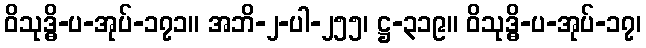
ဝိသုဒ္ဓိ-ပ-အုပ်-၁၇၁။ အဘိ-၂-ပါ-၂၅၅၊ ဋ္ဌ-၃၁၉။ ဝိသုဒ္ဓိ-ပ-အုပ်-၁၇၊